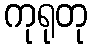
ကုရုတု